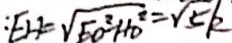
: E H = \sqrt { E O ^ { 2 } - H D ^ { 2 } } = \sqrt { 5 } k